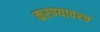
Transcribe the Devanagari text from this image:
करण्यावरच